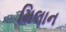
મિલાન